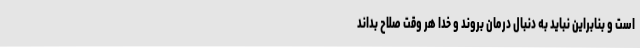
است و بنابراین نباید به دنبال درمان بروند و خدا هر وقت صلاح بداند